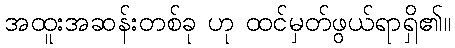
အထူးအဆန်းတစ်ခု ဟု ထင်မှတ်ဖွယ်ရာရှိ၏။